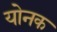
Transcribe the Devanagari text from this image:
योनक